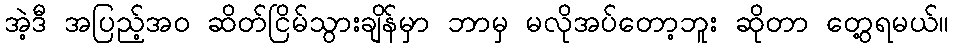
အဲ့ဒီ အပြည့်အဝ ဆိတ်ငြိမ်သွားချိန်မှာ ဘာမှ မလိုအပ်တော့ဘူး ဆိုတာ တွေ့ရမယ်။